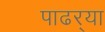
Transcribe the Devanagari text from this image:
पाढर्‍या